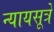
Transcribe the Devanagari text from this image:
न्यायसूत्रे